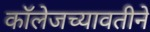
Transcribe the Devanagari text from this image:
कॉलेजच्यावतीने